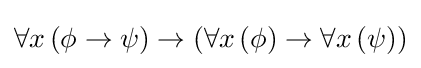
\forall x\left(\phi \to \psi \right)\to \left(\forall x\left(\phi \right)\to \forall x\left(\psi \right)\right)